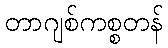
တာဂျစ်ကစ္စတန်